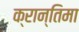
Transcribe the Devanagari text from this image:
क्रान्तिमा